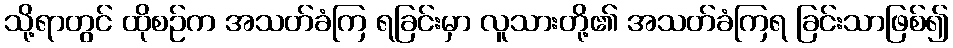
သို့ရာတွင် ထိုစဉ်က အသတ်ခံကြ ရခြင်းမှာ လူသားတို့၏ အသတ်ခံကြရ ခြင်းသာဖြစ်၍